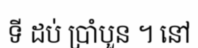
ទី ដប់ ប្រាំបួន ។ នៅ